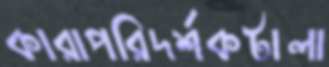
কারাপরিদর্শকটালা